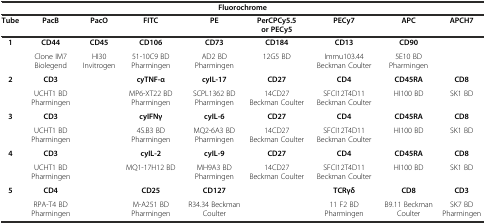
| <COLSPAN=9> Fluorochrome |
 | Tube | PacB | PacO | FITC | PE | PerCPCy5.5 or PECy5 | PECy7 | APC | APCH7 |
 | --- | --- | --- | --- | --- | --- | --- | --- | --- |
 | <ROWSPAN=2> 1 | CD44 | CD45 | CD106 | CD73 | CD184 | CD13 | CD90 |  |
 | Clone IM7 Biolegend | HI30 Invitrogen | 51-10C9 BD Pharmingen | AD2 BD Pharmingen | 12G5 BD | Immu103.44 Beckman Coulter | 5E10 BD Pharmingen |  |
 | <ROWSPAN=2> 2 | CD3 |  | cyTNF-α | cyIL-17 | CD27 | CD4 | CD45RA | CD8 |
 | UCHT1 BD Pharmingen |  | MP6-XT22 BD Pharmingen | SCPL1362 BD Pharmingen | 14CD27 Beckman Coulter | SFCI12T4D11 Beckman Coulter | HI100 BD | SK1 BD |
 | <ROWSPAN=2> 3 | CD3 |  | cyIFNγ | cyIL-6 | CD27 | CD4 | CD45RA | CD8 |
 | UCHT1 BD Pharmingen |  | 4S.B3 BD Pharmingen | MQ2-6A3 BD Pharmingen | 14CD27 Beckman Coulter | SFCI12T4D11 Beckman Coulter | HI100 BD | SK1 BD |
 | <ROWSPAN=2> 4 | CD3 |  | cyIL-2 | cyIL-9 | CD27 | CD4 | CD45RA | CD8 |
 | UCHT1 BD Pharmingen |  | MQ1-17H12 BD | MH9A3 BD Pharmingen | 14CD27 Beckman Coulter | SFCI12T4D11 Beckman Coulter | HI100 BD | SK1 BD |
 | <ROWSPAN=2> 5 | CD4 |  | CD25 | CD127 |  | TCRγδ | CD8 | CD3 |
 | RPA-T4 BD Pharmingen |  | M-A251 BD Pharmingen | R34.34 Beckman Coulter |  | 11 F2 BD Pharmingen | B9.11 Beckman Coulter | SK7 BD Pharmingen |